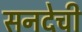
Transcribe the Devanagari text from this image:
सनदेची